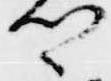
卿